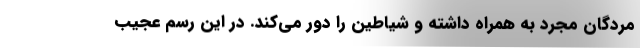
مردگان مجرد به همراه داشته و شیاطین را دور می‌کند. در این رسم عجیب